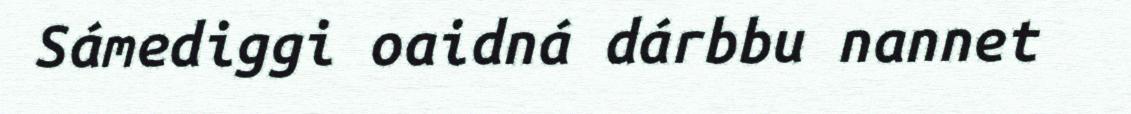
Sámediggi oaidná dárbbu nannet